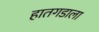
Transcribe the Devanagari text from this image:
हातगडाला